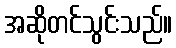
အဆိုတင်သွင်းသည်။